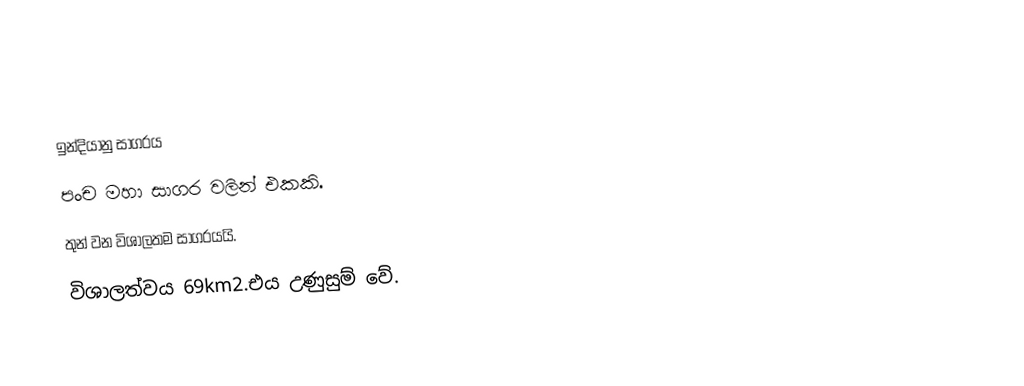
ඉන්දියානු සාගරය
පංච මහා සාගර වලින් එකකි.
තුන් වන විශාලතම සාගරයයි.
විශාලත්වය 69km2.එය උණුසුම් වේ.